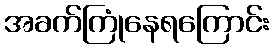
အခက်ကြုံနေရကြောင်း